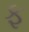
ફ